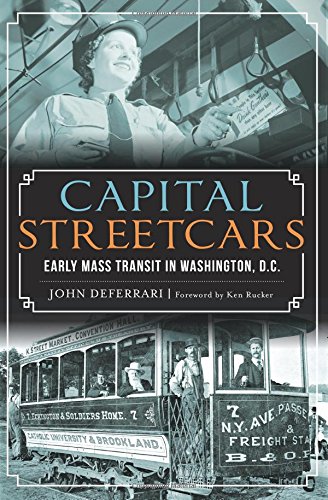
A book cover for Capital Streetcars: (General History); John DeFerrari; Engineering & Transportation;